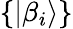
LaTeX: \{ \vert\beta_{i}\rangle\}